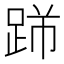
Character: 𨃋